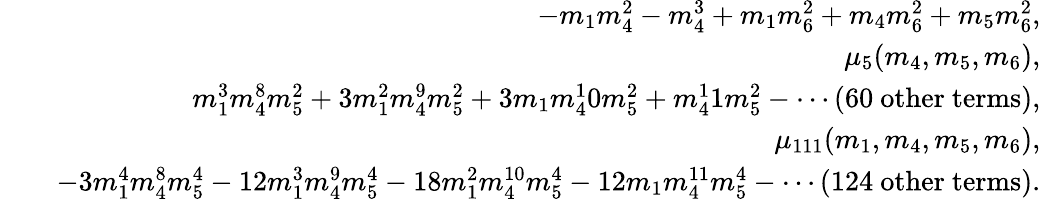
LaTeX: \begin{array}{rlr}&{}&{-m_{1}m_{4}^{2}-m_{4}^{3}+m_{1}m_{6}^{2}+m_{4}m_{6}^{2}+m_{5}m_{6}^{2},}\\ &{}&{\mu_{5}(m_{4},m_{5},m_{6}),}\\ &{}&{m_{1}^{3}m_{4}^{8}m_{5}^{2}+3m_{1}^{2}m_{4}^{9}m_{5}^{2}+3m_{1}m_{4}^{1}0m_{5}^{2}+m_{4}^{1}1m_{5}^{2}-\cdots\mathrm{(60~other~terms)},}\\ &{}&{\mu_{111}(m_{1},m_{4},m_{5},m_{6}),}\\ &{}&{-3m_{1}^{4}m_{4}^{8}m_{5}^{4}-12m_{1}^{3}m_{4}^{9}m_{5}^{4}-18m_{1}^{2}m_{4}^{10}m_{5}^{4}-12m_{1}m_{4}^{11}m_{5}^{4}-\cdots\mathrm{(124~other~terms)}.}\end{array}